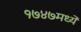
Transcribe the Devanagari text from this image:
१७४७मध्ये